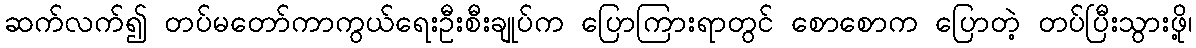
ဆက်လက်၍ တပ်မတော်ကာကွယ်ရေးဦးစီးချုပ်က ပြောကြားရာတွင် စောစောက ပြောတဲ့ တပ်ပြီးသွားဖို့၊